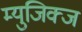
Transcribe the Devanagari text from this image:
म्युजिक्ज